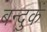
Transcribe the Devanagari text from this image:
बन्दुकें